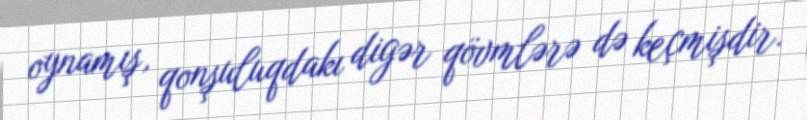
oynamış, qonşuluqdakı digər qövmlərə də keçmişdir.